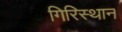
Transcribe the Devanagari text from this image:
गिरिस्थान